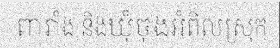
ពារាំង និងឃុំចុងអំពិលស្រុក